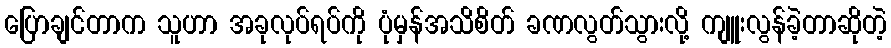
ပြောချင်တာက သူဟာ အခုလုပ်ရပ်ကို ပုံမှန်အသိစိတ် ခဏလွတ်သွားလို့ ကျူးလွန်ခဲ့တာဆိုတဲ့